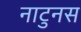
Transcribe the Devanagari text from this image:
नाटुनस